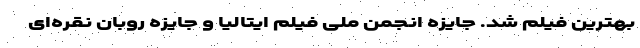
بهترین فیلم شد. جایزه انجمن ملی فیلم ایتالیا و جایزه روبان نقره‌ای